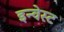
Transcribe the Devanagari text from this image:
इन्वेस्ट